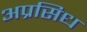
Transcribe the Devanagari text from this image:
अप्रसिध